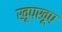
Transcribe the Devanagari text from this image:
खूपखूप